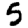
Digit: 5